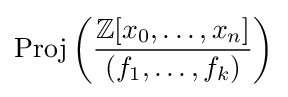
\operatorname {Proj} \left({\frac {\mathbb {Z} [x_{0},\ldots ,x_{n}]}{(f_{1},\ldots ,f_{k})}}\right)